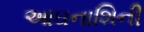
આઘનાશિની